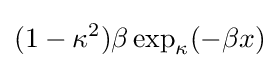
(1-\kappa ^{2})\beta \exp _{\kappa }(-\beta x)